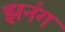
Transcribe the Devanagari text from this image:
झनंग